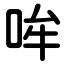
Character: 哞